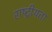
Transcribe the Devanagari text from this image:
राष्‍ट्रीयता